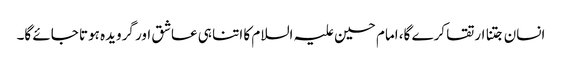
انسان جتنا ارتقا کرے گا، امام حسین علیہ السلام کا اتنا ہی عاشق اور گرویدہ ہوتا جائے گا۔